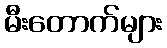
မီးတောက်များ